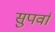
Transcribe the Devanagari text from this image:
सुपर्वा